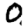
Digit: 0